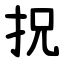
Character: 拀